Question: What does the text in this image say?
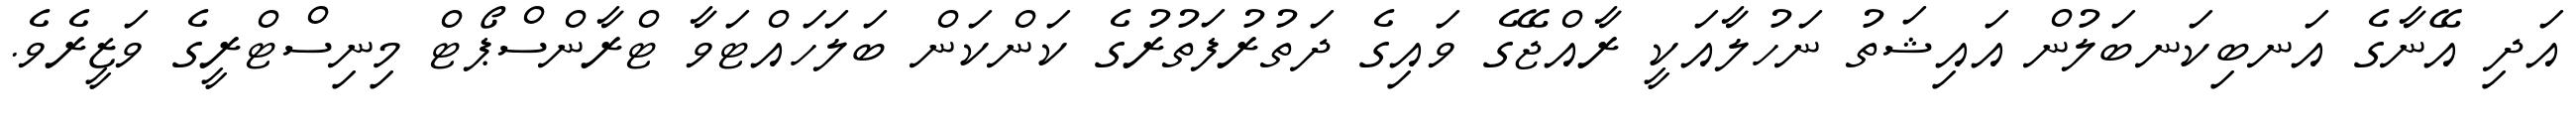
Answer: އަދި އޭނާގެ އަނބިކަނބަލުން އައިޝަތު ނަހުލާއަކީ ރާއްޖޭގެ ވައިގެ ދަތުރުފަތުރުގެ ކަންކަން ބަލަހައްޓަވާ ޓްރާންސްޕޯޓް މިނިސްޓްރީގެ ވަޒީރެވެ.